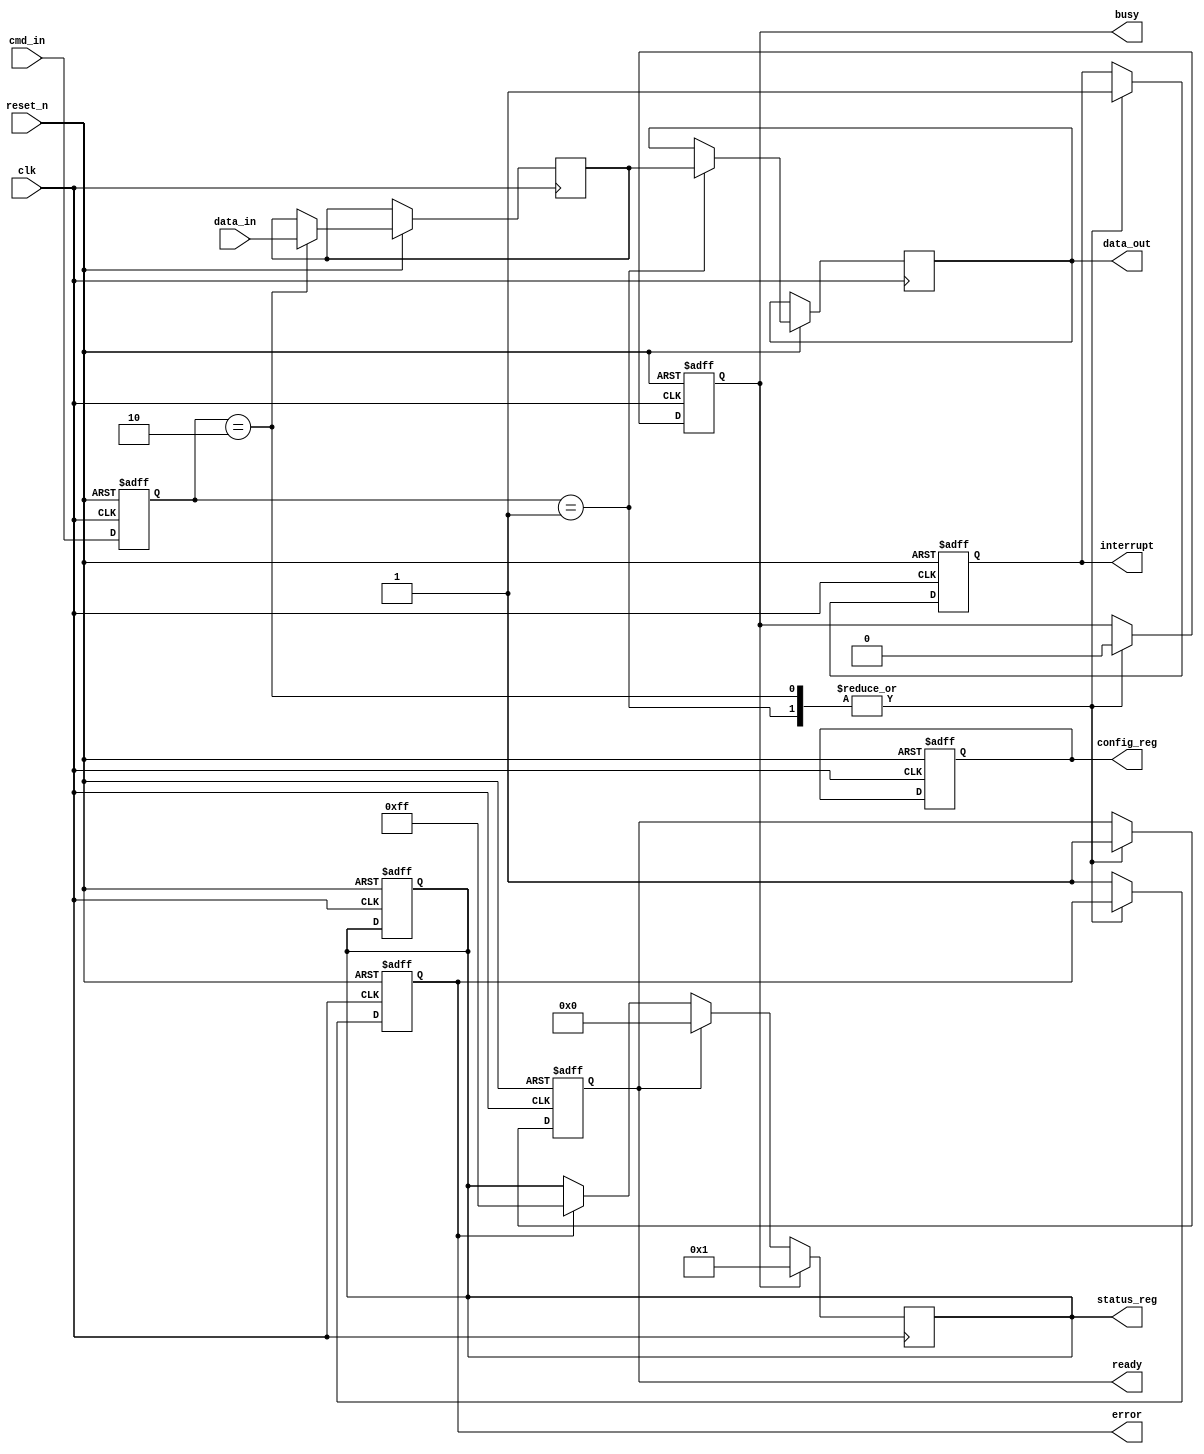
module ufs_io_block (
    input wire clk,                // System clock
    input wire reset_n,            // Active low reset
    input wire [7:0] cmd_in,       // Command input from UFS controller
    input wire [7:0] data_in,      // Data input from UFS controller
    output reg [7:0] data_out,     // Data output to UFS controller
    output reg busy,               // Busy status
    output reg ready,              // Ready status
    output reg error,              // Error status
    output reg interrupt,          // Interrupt signal
    output reg [7:0] status_reg,   // Status register
    output reg [7:0] config_reg     // Configuration register
);

    // Internal signals
    reg [7:0] command_reg;         // Command register
    reg [7:0] data_buffer;         // Data buffer
    reg [1:0] power_state;         // Power state
    reg [7:0] error_reg;           // Error register

    // Power management states
    localparam POWER_ACTIVE = 2'b00;
    localparam POWER_SLEEP = 2'b01;
    localparam POWER_DEEP_SLEEP = 2'b10;

    // Command decoder
    always @(posedge clk or negedge reset_n) begin
        if (!reset_n) begin
            command_reg <= 8'b0;
            busy <= 1'b0;
            ready <= 1'b1;
            interrupt <= 1'b0;
            status_reg <= 8'b0;
            error <= 1'b0;
        end else begin
            command_reg <= cmd_in;
            case (command_reg)
                8'h01: begin // Example command: Read
                    busy <= 1'b1;
                    ready <= 1'b0;
                    // Simulate data read operation
                    data_out <= data_buffer; // Assume data_buffer is filled
                    busy <= 1'b0;
                    ready <= 1'b1;
                    interrupt <= 1'b1; // Signal completion
                end
                8'h02: begin // Example command: Write
                    busy <= 1'b1;
                    ready <= 1'b0;
                    data_buffer <= data_in; // Store incoming data
                    busy <= 1'b0;
                    ready <= 1'b1;
                    interrupt <= 1'b1; // Signal completion
                end
                default: begin
                    error <= 1'b1; // Unknown command
                end
            endcase
        end
    end

    // Status reporting
    always @(posedge clk) begin
        if (busy) begin
            status_reg <= 8'h01; // Busy status
        end else if (ready) begin
            status_reg <= 8'h00; // Ready status
        end else if (error) begin
            status_reg <= 8'hFF; // Error status
        end
    end

    // Power management
    always @(posedge clk or negedge reset_n) begin
        if (!reset_n) begin
            power_state <= POWER_ACTIVE;
        end else begin
            case (power_state)
                POWER_ACTIVE: begin
                    // Logic to enter sleep or deep sleep
                end
                POWER_SLEEP: begin
                    // Logic to wake up
                end
                POWER_DEEP_SLEEP: begin
                    // Logic to wake up
                end
            endcase
        end
    end

    // Error handling
    always @(posedge clk) begin
        if (error) begin
            error_reg <= error_reg + 1; // Increment error count
        end
    end

    // Configuration register handling
    always @(posedge clk or negedge reset_n) begin
        if (!reset_n) begin
            config_reg <= 8'b0; // Default configuration
        end else begin
            // Logic to update configuration based on commands
        end
    end

endmodule